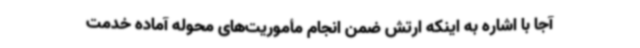
آجا با اشاره به اینکه ارتش ضمن انجام مأموریت‌های محوله آماده خدمت